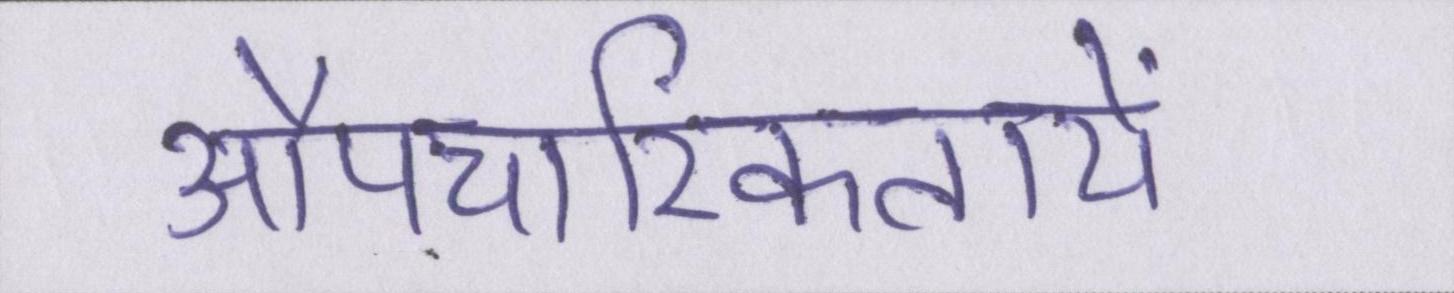
औपचारिकतायें